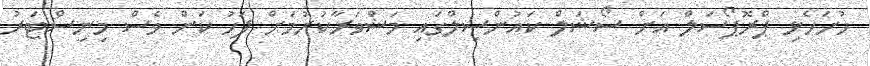
ހުށަހެޅި ޕްރޮޕޯސަލް އަށް ސޯޝަލް ކައުންސިލްގައި މަޝްވަރާކުރުމަށް ފަހު ކަން ވެސް މިނިސްޓަރު